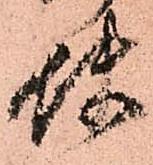
使